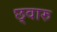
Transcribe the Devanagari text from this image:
छ्वारु